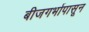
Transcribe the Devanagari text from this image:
बीजगर्भापासून